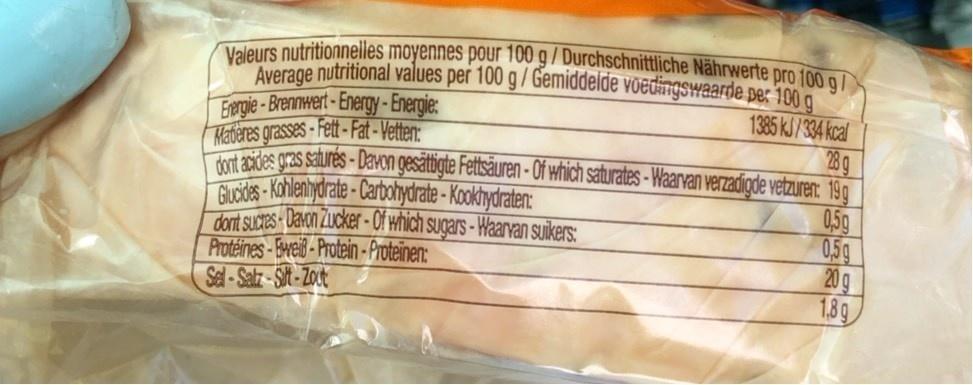
Valeurs nutritionnelles moyennes pour 100 g / Durchschnittliche Nährwerte pro 100 g/
Average nutritional values per 100 g / Gemiddeide võedingswaarde pe: 100 a Eergie-Brennwert - Energy- Energie: Matieres grasses- Fett - Fat - Vetter: Tort axdes gras saturés - DavVon gesättigte Fettsäuren - Of which saturates - Waarvan verzadigde vetzuren: 19g Gucides- Khlenhydrate - Carbohydrate - Kookhydraten: dont suares- Davon Zucker - Of which sugars - Waarvan suikers: Protéines-Bweid-Protein-Proteinen: Sal-Salz-Sit-Zoct
1385 KJ/334 kcal 28g
0,5g 0,59 20g 1,89